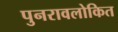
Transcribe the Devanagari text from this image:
पुनरावलोकित